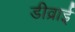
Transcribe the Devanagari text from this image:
डीव्राई